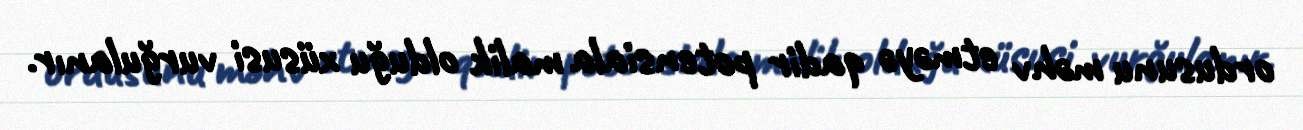
ordusunu məhv etməyə qadir potensiala malik olduğu xüsusi vurğulanır.